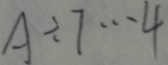
A \div 7 \cdots 4